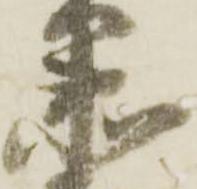
衛